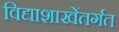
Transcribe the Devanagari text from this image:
विद्याशाखेंतर्गत